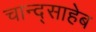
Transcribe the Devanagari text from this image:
चान्द्साहेब